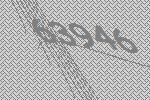
63946